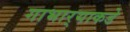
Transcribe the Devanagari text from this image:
गाभार्‍याकडे